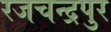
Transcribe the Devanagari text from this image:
रजचन्द्रपुर